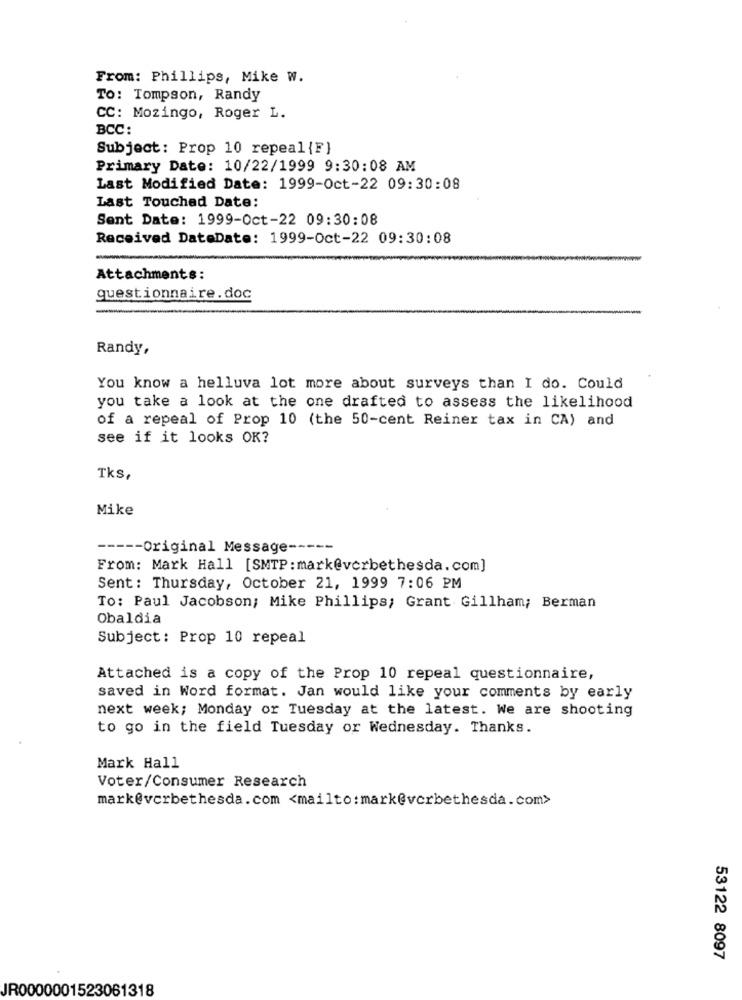
From: Phillips, Mike W.
TO: Tompson, Randy
CC: Mozingo, Roger L.
BCC:
Subject: Prop 10 repeal {F}
Primary Date: 10/22/1999 9:30:08 AM
Last Modified Date: 1999-Oct-22 09:30:08
Last Touched Date:
Sent Date: 1999-Oct-22 09:30:08
Received DateDate: 1999-Oct-22 09:30:08
Attachments:
questionnaire.doc
Randy,
You know a helluva lot more about surveys than I do. Could
you take a look at the one drafted to assess the likelihood
of a repeal of Prop 10 (the 50-cent Reiner tax in CA) and
see if it looks OK?
Tks,
Mike
----- Original Message -----
From: Mark Hall [SMTP : mark@vcrbethesda.com]
Sent: Thursday, October 21, 1999 7:06 PM
To: Paul Jacobson; Mike Phillips; Grant Gillham; Berman
Obaldia
Subject: Prop 10 repeal
Attached is a copy of the Prop 10 repeal questionnaire,
saved in Word format. Jan would like your comments by early
next week; Monday or Tuesday at the latest. We are shooting
to go in the field Tuesday or Wednesday. Thanks.
Mark Hall
Voter/Consumer Research
mark@verbethesda.com <mailto:mark@vcrbethesda.com>
53122 8097
JR0000001523061318